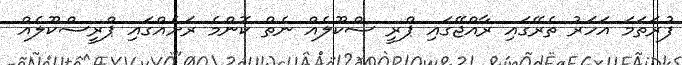
ފުރަތަމަ އަހަރު ތެރޭގައި ރާއްޖޭގައި ޕްރީ ސްކޫލެއް ނެތް ކޮންމެ ރަށެއްގައި ޕްރީސްކޫލެއް